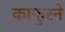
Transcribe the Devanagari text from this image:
काफुरने